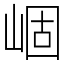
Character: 崓